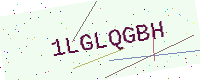
Text: 1LGLQGBH